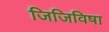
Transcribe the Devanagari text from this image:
जिजिविषा